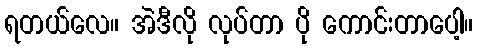
ရတယ်လေ။ အဲဒီလို လုပ်တာ ပို ကောင်းတာပေါ့။